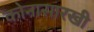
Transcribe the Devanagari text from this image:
कोनासारखी